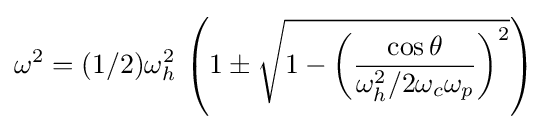
\omega ^{2}=(1/2)\omega _{h}^{2}\,\left(1\pm {\sqrt {1-\left({\frac {\cos \theta }{\omega _{h}^{2}/2\omega _{c}\omega _{p}}}\right)^{2}}}\right)